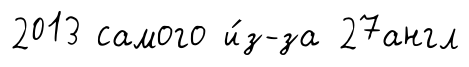
2013 самого и́з-за 27англ